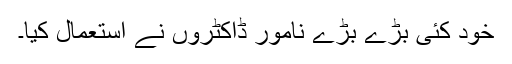
خود کئی بڑے بڑے نامور ڈاکٹروں نے استعمال کیا۔